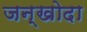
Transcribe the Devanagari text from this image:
जन्खोदा